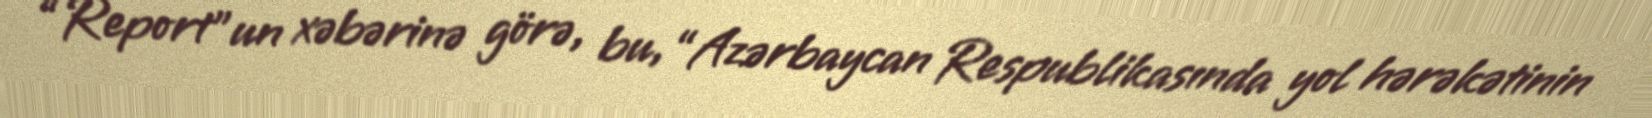
“Report”un xəbərinə görə, bu, “Azərbaycan Respublikasında yol hərəkətinin